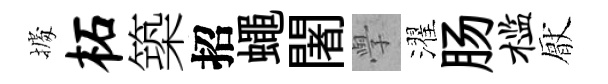
𢴃柘築招蠅闍𭓕濯肠槛厭